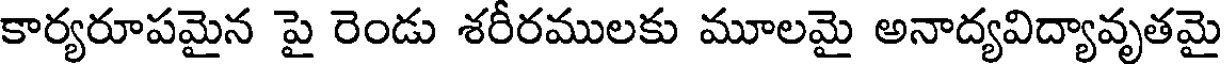
కార్యరూపమైన పై రెండు శరీరములకు మూలమై అనాద్యవిద్యావృతమై